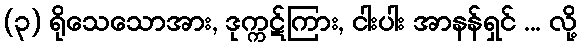
(၃) ရိုသေသောအား, ဒုက္ကဋ်ကြား, ငါးပါး အာနန်ရှင် ... လို့